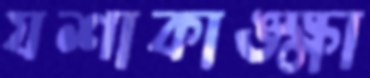
যশাকাঙ্ক্ষা